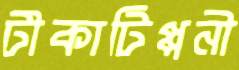
টীকাটিপ্পনী